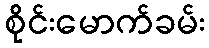
စိုင်းမောက်ခမ်း